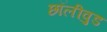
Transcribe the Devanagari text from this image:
छॉलीवुड